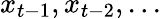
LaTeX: x_{t-1},x_{t-2},...